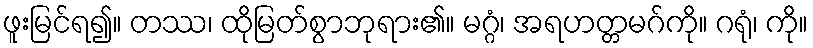
ဖူးမြင်ရ၍။ တဿ၊ ထိုမြတ်စွာဘုရား၏။ မဂ္ဂံ၊ အရဟတ္တမဂ်ကို။ ဂရုံ၊ ကို။